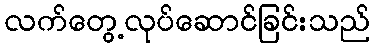
လက်တွေ့လုပ်ဆောင်ခြင်းသည်